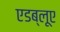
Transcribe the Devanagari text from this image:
एडब्लूए